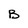
Character: B